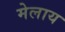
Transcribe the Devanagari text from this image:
मेलाय